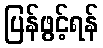
ပြန်ဖွင့်ရန်